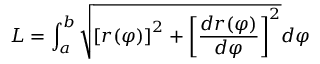
L = \int _ { a } ^ { b } { \sqrt { \left[ r ( \varphi ) \right] ^ { 2 } + \left[ { \frac { d r ( \varphi ) } { d \varphi } } \right] ^ { 2 } } } d \varphi